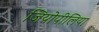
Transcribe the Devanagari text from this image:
जियोपीलिया